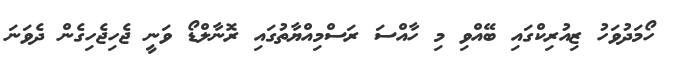
ހޯމަދުވަހު ޒިއުރިކްގައި ބޭއްވި މި ހާއްސަ ރަސްމިއްޔާތުގައި ރޮނާލްޑޯ ވަނީ ޖެހިޖެހިގެން ދެވަނަ